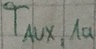
Text: TAUX,1a